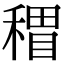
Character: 𥡏